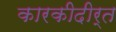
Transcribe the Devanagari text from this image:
कारकीदीर्त